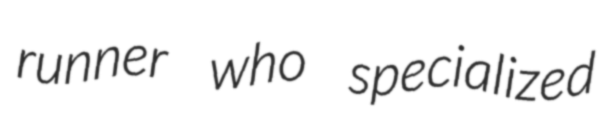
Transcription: runner who specialized